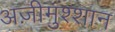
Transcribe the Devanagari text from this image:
अज़ीमुश्शान